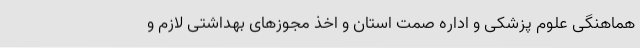
هماهنگی علوم پزشکی و اداره صمت استان و اخذ مجوزهای بهداشتی لازم و